Reports on military cantonments and civil stations in the Presidency of Bombay inspected by the Sanitary Commissioner in the years 1875 and 1876
Year: 1875
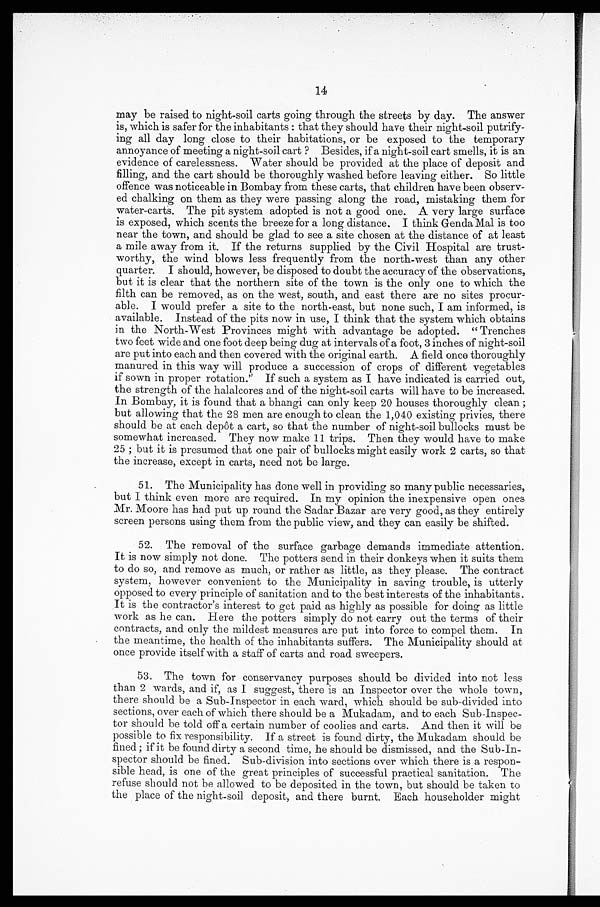
14
may be raised to night-soil carts going through the streets by day. The answer
is, which is safer for the inhabitants: that they should have their night-soil putrify
-ing all day long close to their habitations, or be exposed to the temporary
annoyance of meeting a night-soil cart? Besides, if a night-soil cart smells, it is an
evidence of carelessness. Water should be provided at the place of deposit and
filling, and the cart should be thoroughly washed before leaving either. So little
offence was noticeable in Bombay from these carts, that children have been observ
-ed chalking on them as they were passing along the road, mistaking them for
water-carts. The pit system adopted is not a good one. A very large surface
is exposed, which scents the breeze for a long distance. I think Genda Mal is too
near the town, and should be glad to see a site chosen at the distance of at least
a mile away from it. If the returns supplied by the Civil Hospital are trust
-worthy, the wind blows less frequently from the north-west than any other
quarter. I should, however, be disposed to doubt the accuracy of the observations,
but it is clear that the northern site of the town is the only one to which the
filth can be removed, as on the west, south, and east there are no sites procur
-able. I would prefer a site to the north-east, but none such, I am informed, is
available. Instead of the pits now in use, I think that the system which obtains
in the North-West Provinces might with advantage be adopted. "Trenches
two feet wide and one foot deep being dug at intervals of a foot, 3 inches of night-soil
are put into each and then covered with the original earth. A field once thoroughly
manured in this way will produce a succession of crops of different vegetables
if sown in proper rotation." If such a system as I have indicated is carried out,
the strength of the halalcores and of the night-soil carts will have to be increased.
In Bombay, it is found that a bhangi can only keep 20 houses thoroughly clean;
but allowing that the 28 men are enough to clean the 1,040 existing privies, there
should be at each depôt a cart, so that the number of night-soil bullocks must be
somewhat increased. They now make 11 trips. Then they would have to make
25; but it is presumed that one pair of bullocks might easily work 2 carts, so that
the increase, except in carts, need not be large.
51. The Municipality has done well in providing so many public necessaries,
but I think even more are required. In my opinion the inexpensive open ones
Mr. Moore has had put up round the Sadar Bazar are very good, as they entirely
screen persons using them from the public view, and they can easily be shifted.
52. The removal of the surface garbage demands immediate attention.
It is now simply not done. The potters send in their donkeys when it suits them
to do so, and remove as much, or rather as little, as they please. The contract
system, however convenient to the Municipality in saving trouble, is utterly
opposed to every principle of sanitation and to the best interests of the inhabitants.
It is the contractor's interest to get paid as highly as possible for doing as little
work as he can. Here the potters simply do not carry out the terms of their
contracts, and only the mildest measures are put into force to compel them. In
the meantime, the health of the inhabitants suffers. The Municipality should at
once provide itself with a staff of carts and road sweepers.
53. The town for conservancy purposes should be divided into not less
than 2 wards, and if, as I suggest, there is an Inspector over the whole town,
there should be a Sub-Inspector in each ward, which should be sub-divided into
sections, over each of which there should be a Mukadam, and to each Sub-Inspec
-tor should be told off a certain number of coolies and carts. And then it will be
possible to fix responsibility. If a street is found dirty, the Mukadam should be
fined; if it be found dirty a second time, he should be dismissed, and the Sub-In
-spector should be fined. Sub-division into sections over which there is a respon
- s i b l e h e a d , i s o n e o f t h e g r e a t p r i n c i p l e s o f s u c c e s s f u l p r a c t i c a l s a n i t a t i o n . T h e
refuse should not be allowed to be deposited in the town, but should be taken to
the place of the night-soil deposit, and there burnt. Each householder might